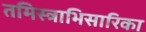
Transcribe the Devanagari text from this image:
तमिस्त्राभिसारिका